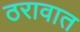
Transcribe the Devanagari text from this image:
ठरावात